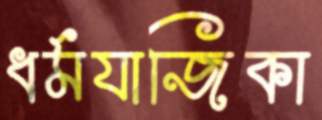
ধর্মযাজিকা